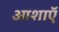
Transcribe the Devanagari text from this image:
आशाऍ